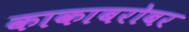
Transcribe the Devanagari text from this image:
काकाबरोबर